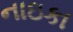
નાઇકા